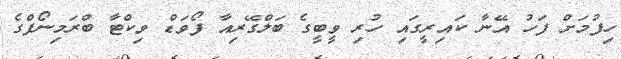
ހިފުމަށް ފަހު އޭނާ ކައިރީގައި ހުރި ވީބީގެ ބަލްގޭރިއާ ފޯވަޑް ވިކްޓާ ބްރަމިނޯފްގެ